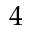
4